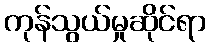
ကုန်သွယ်မှုဆိုင်ရာ